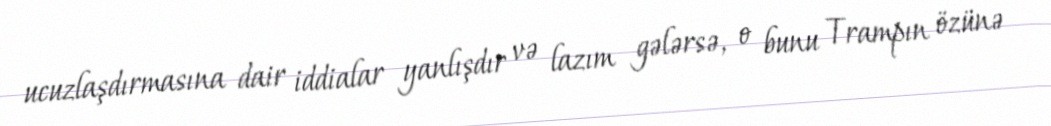
ucuzlaşdırmasına dair iddialar yanlışdır və lazım gələrsə, o bunu Trampın özünə